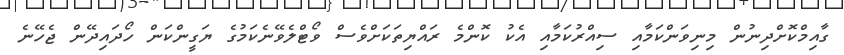
ގާއިމްކޮށްދިނުން މިނިވަންކަމާއި ސިއްރުކަމާއި އެކު ކޮންމެ ރައްޔިތަކަށްވެސް ވޯޓްލެވޭނެކަމުގެ ޔަގީންކަން ހޯދައިދޭން ޖެހޭނެ